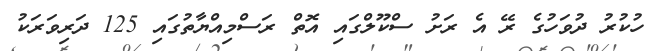
ހުކުރު ދުވަހުގެ ރޭ އެ ރަށު ސްކޫލްގައި އޮތް ރަސްމިއްޔާތުގައި 125 ދަރިވަރަކު